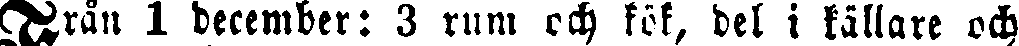
Från 1 december: 3 rum och kök, del i källare och